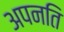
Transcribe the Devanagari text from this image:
अपनति